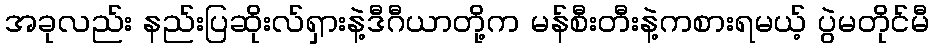
အခုလည်း နည်းပြဆိုးလ်ရှားနဲ့ဒီဂီယာတို့က မန်စီးတီးနဲ့ကစားရမယ့် ပွဲမတိုင်မီ